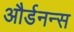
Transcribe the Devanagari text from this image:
और्डनन्स